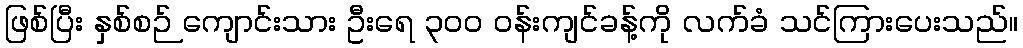
ဖြစ်ပြီး နှစ်စဉ် ကျောင်းသား ဦးရေ ၃၀၀ ဝန်းကျင်ခန့်ကို လက်ခံ သင်ကြားပေးသည်။